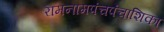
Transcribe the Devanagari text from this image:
रामनामपंचपंचाशिका